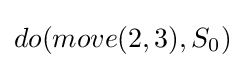
do(move(2,3),S_{0})